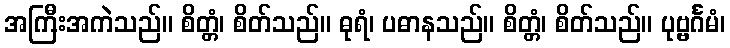
အကြီးအကဲသည်။ စိတ္တံ၊ စိတ်သည်။ ဓုရံ၊ ပဓာနသည်။ စိတ္တံ၊ စိတ်သည်။ ပုဗ္ဗင်္ဂမံ၊